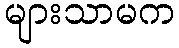
များသာမက